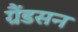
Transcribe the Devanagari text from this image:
ग्रैंडसन